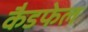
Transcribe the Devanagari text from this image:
कैडफेल